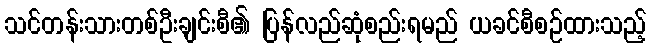
သင်တန်းသားတစ်ဦးချင်းစီ၏ ပြန်လည်ဆုံစည်းရမည် ယခင်စီစဉ်ထားသည့်